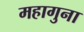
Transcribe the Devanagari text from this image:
महागुना